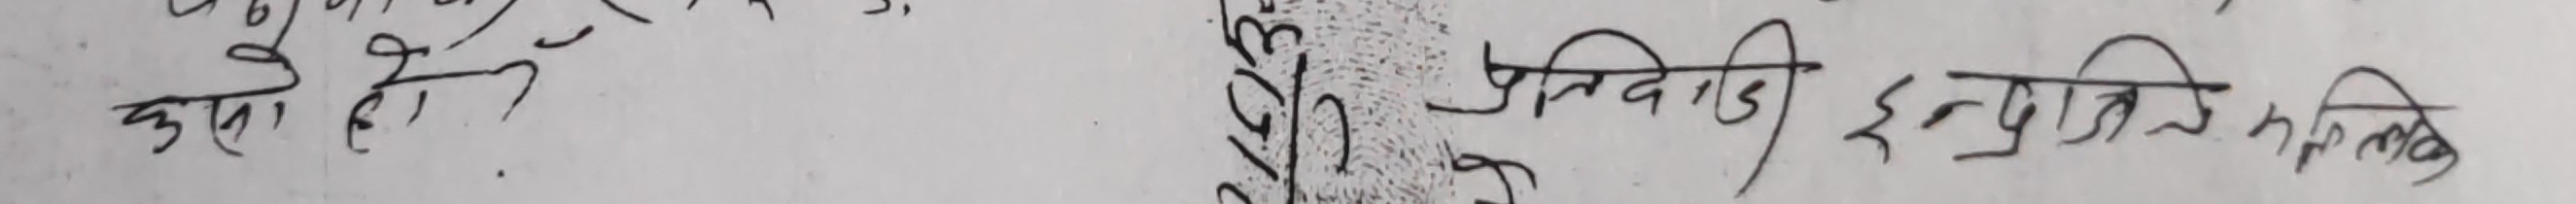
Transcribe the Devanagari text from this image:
कसा हो
प्रतिवादी इप्रतिमलिपे